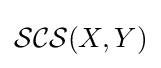
{\mathcal {SCS}}(X,Y)